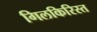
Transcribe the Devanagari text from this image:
गिलकिरिस्त